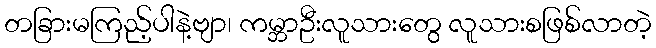
တခြားမကြည့်ပါနဲ့ဗျာ၊ ကမ္ဘာဦးလူသားတွေ လူသားစဖြစ်လာတဲ့